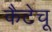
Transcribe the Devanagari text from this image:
कैटेचू